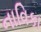
નાવિકા